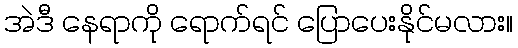
အဲဒီ နေရာကို ရောက်ရင် ပြောပေးနိုင်မလား။